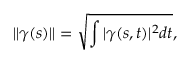
\| \gamma ( s ) \| = \sqrt { \int | \gamma ( s , t ) | ^ { 2 } d t } ,